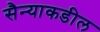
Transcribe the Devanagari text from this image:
सैन्याकडील